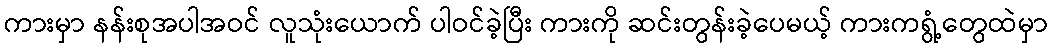
ကားမှာ နန်းစုအပါအဝင် လူသုံးယောက် ပါဝင်ခဲ့ပြီး ကားကို ဆင်းတွန်းခဲ့ပေမယ့် ကားကရွံ့တွေထဲမှာ